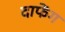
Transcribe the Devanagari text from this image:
दाफेंग